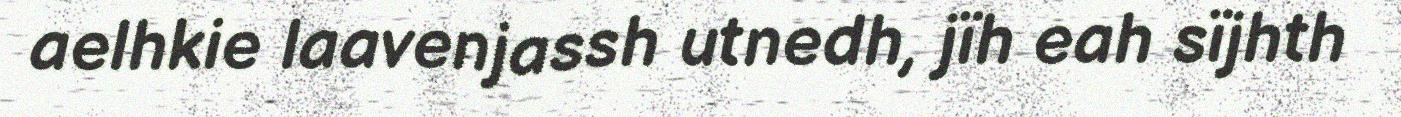
aelhkie laavenjassh utnedh, jïh eah sïjhth